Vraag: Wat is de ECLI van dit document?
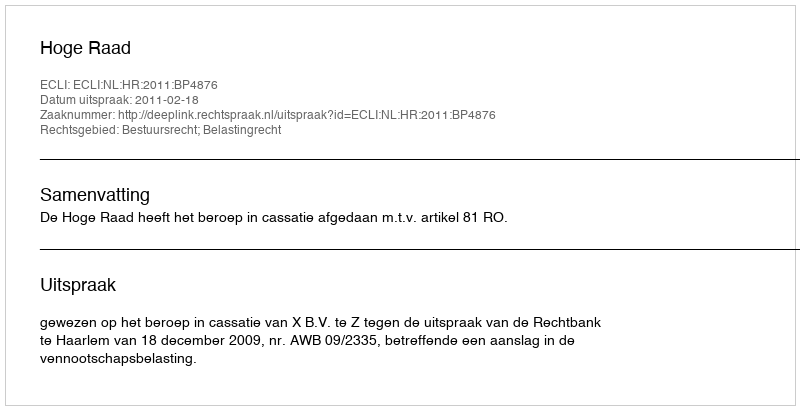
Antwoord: ECLI:NL:HR:2011:BP4876